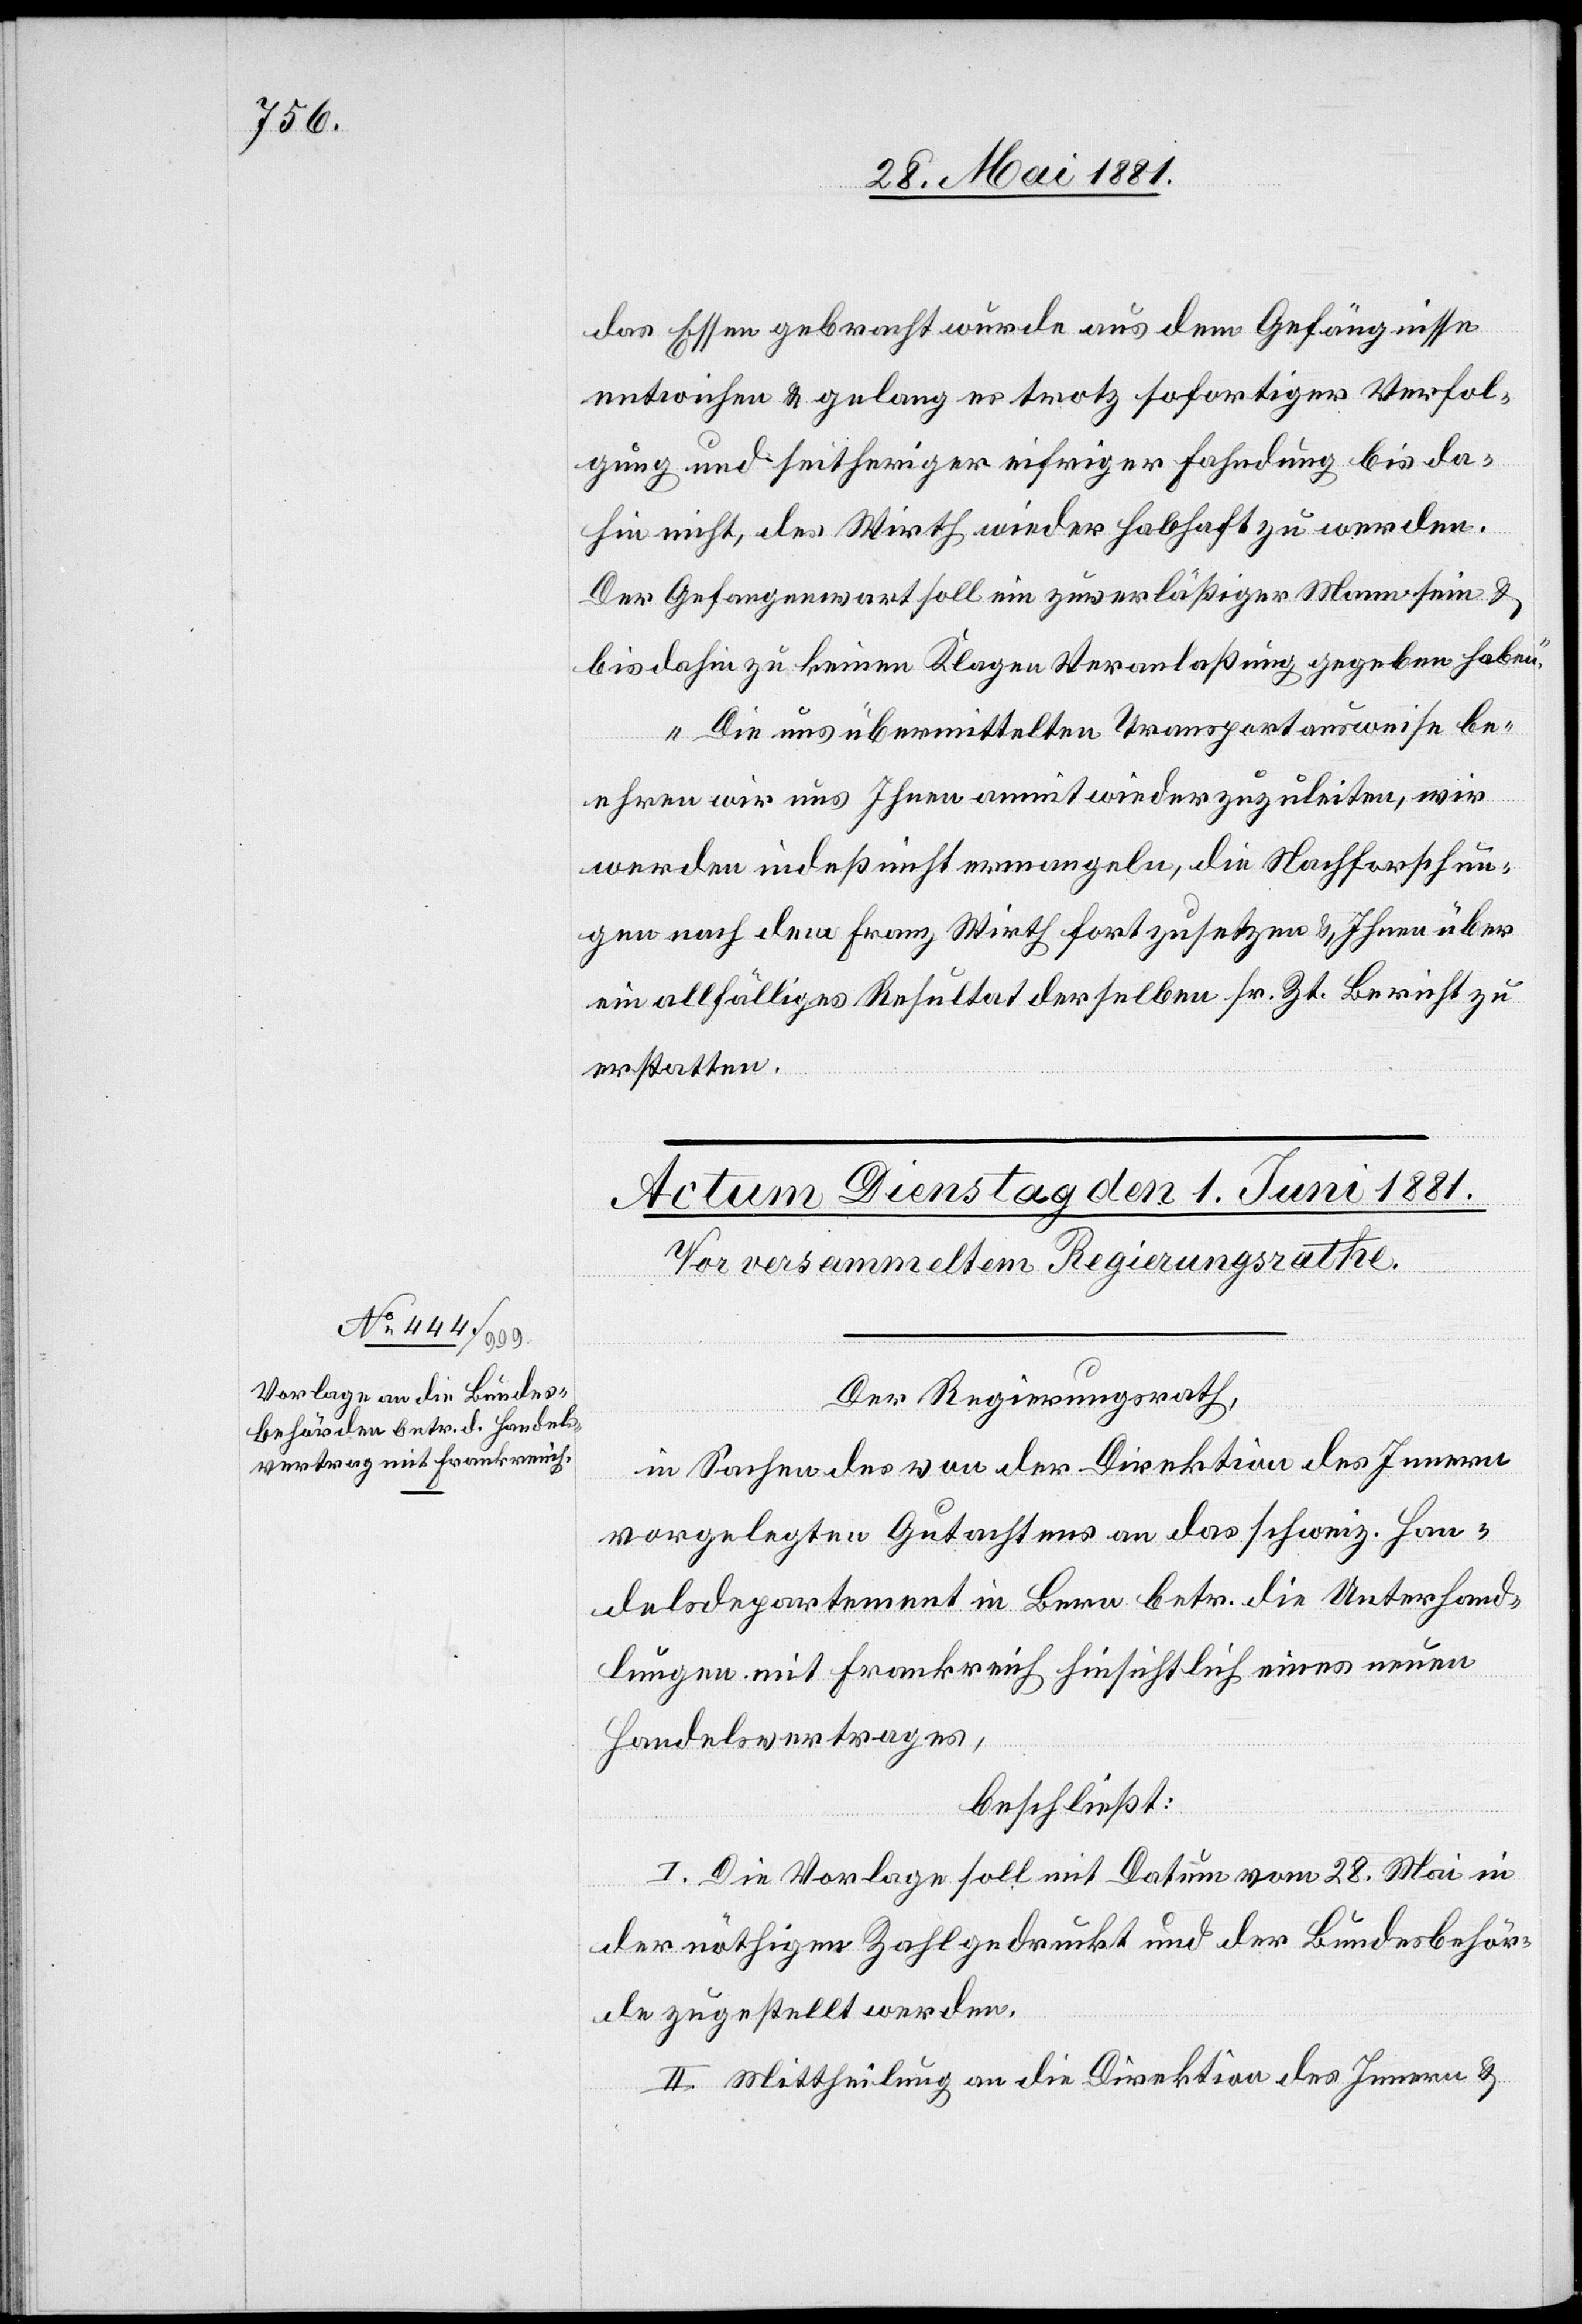
das Essen gebracht wurde aus dem Gefängniße
entwichen & gelang es trotz sofortiger Verfol¬
gung und seitheriger eifriger Fahndung bis da¬
hin nicht, des Wirth wieder habhaft zu werden.
Der Gefangenwart soll ein zuverläßiger Mann sein &
bis dahin zu keinen Klagen Veranlaßung gegeben haben.
Die uns übermittelten Transportausweise be¬
ehren wir uns Ihnen anmit wieder zuzuleiten, wir
werden indeß nicht ermangeln, die Nachforschun¬
gen nach dem Franz Wirth fortsetzen & Ihnen über
ein allfälliges Resultat derselben sr. Zt. Bericht zu
erstatten.“
Der Regierungsrath,
in Sachen des von der Direktion des Innern
vorgelegten Gutachtens an das schweiz. Han¬
delsdepartement in Bern betr. die Unterhand¬
lungen mit Frankreich hinsichtlich eines neuen
Handelsvertrages,
beschließt:
I. Die Vorlage soll mit Datum vom 28. Mai in
der nöthigen Zahl gedruckt und der Bundesbehör¬
de zugestellt werden.
II. Mittheilung an die Direktion des Innern &